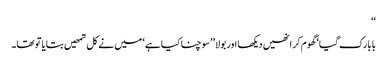
‘‘
بابا رک گیا‘ گھوم کر انھیں دیکھا اور بولا ’’سوچنا کیا ہے‘ میں نے کل تمھیں بتایا تو تھا۔